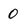
Character: 0